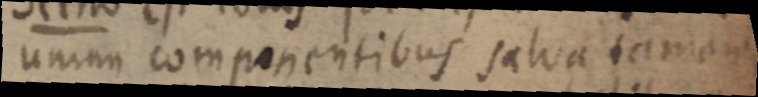
unum componentibus salva tamen